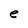
Character: e